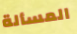
المسألة